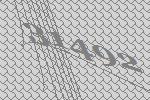
31492